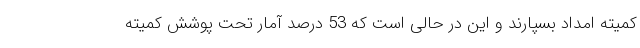
کمیته امداد بسپارند و این در حالی است که 53 درصد آمار تحت پوشش کمیته